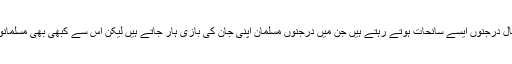
گجرات جیسے سانحے کے ساتھ ہر سال درجنوں ایسے سانحات ہوتے رہتے ہیں جن میں درجنوں مسلمان اپنی جان کی بازی ہار جاتے ہیں لیکن اس سے کبھی بھی مسلمانوں کی معدومیت کا خطرہ پیدا نہیں ہوا۔